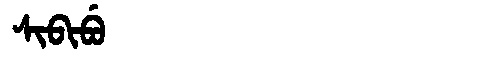
Manchu: ᠰᡳᠪᡳᠪᡠ
Romanization: SIBIBU